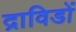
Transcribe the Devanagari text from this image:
द्राविडों